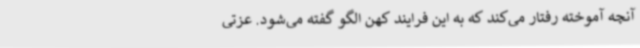
آنچه آموخته رفتار می‌کند که به این فرایند کهن الگو گفته می‌شود. عزتی